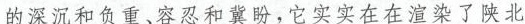
的深沉和负重、容忍和冀盼，它实实在在渲染了陕北